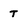
Character: T